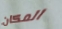
المكان